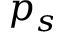
p _ { s }